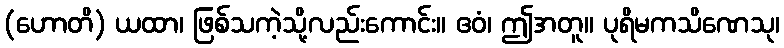
(ဟောတိ) ယထာ၊ ဖြစ်သကဲ့သို့လည်းကောင်း။ ဧဝံ၊ ဤအတူ။ ပုရိမကသိဏေသု၊